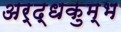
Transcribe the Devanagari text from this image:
अर्द्धकुम्भ